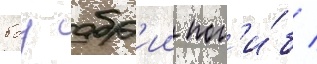
боу абр'ии пог'и́б /